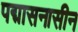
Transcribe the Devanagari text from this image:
पद्मासनासीन